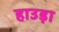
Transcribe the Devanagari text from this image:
हाउड़ा